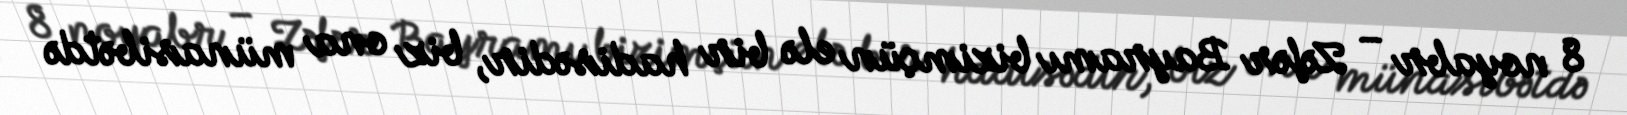
8 noyabr – Zəfər Bayramı bizimçün elə bir hadisədir, biz ona münasibətdə